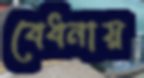
বেধনায়